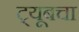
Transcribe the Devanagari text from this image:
ट्यूबचा